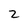
Character: 2